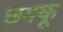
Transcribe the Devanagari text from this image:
छक्कू